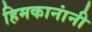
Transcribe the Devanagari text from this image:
हिमकानांनी